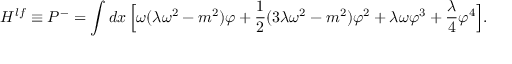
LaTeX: { H ^ { l f } \equiv P ^ { - } } = \int d x \, \Bigl [ \omega ( \lambda \omega ^ { 2 } - m ^ { 2 } ) \varphi + { \frac { 1 } { 2 } } ( 3 \lambda \omega ^ { 2 } - m ^ { 2 } ) \varphi ^ { 2 } + \lambda \omega \varphi ^ { 3 } + { \frac { \lambda } { 4 } } \varphi ^ { 4 } \Bigr ] .